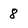
Character: 8